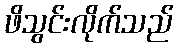
ဖိသွင်းလိုက်သည်